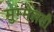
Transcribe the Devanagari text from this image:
मुम्मेलसी